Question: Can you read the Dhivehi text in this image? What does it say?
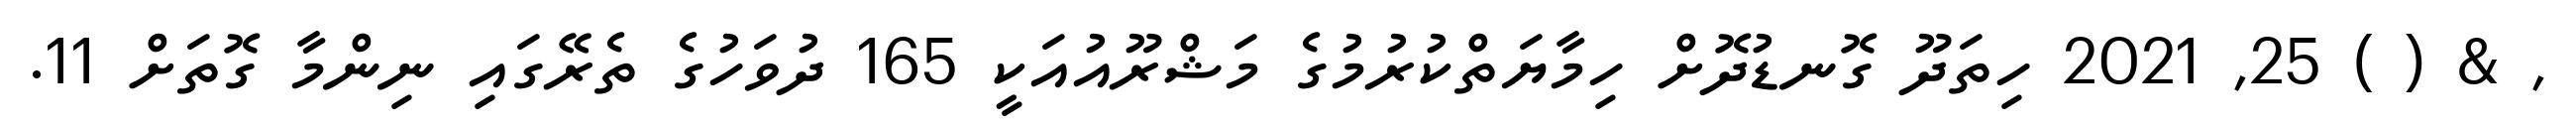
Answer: , & ( ) 25, 2021 ހިތަދޫ ގޮނޑުދޮށް ހިމާޔަތްކުރުމުގެ މަޝްރޫއުއަކީ 165 ދުވަހުގެ ތެރޭގައި ނިންމާ ގޮތަށް 11.